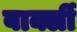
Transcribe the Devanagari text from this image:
बार्क्ली